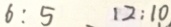
6 : 5 1 2 : 1 0